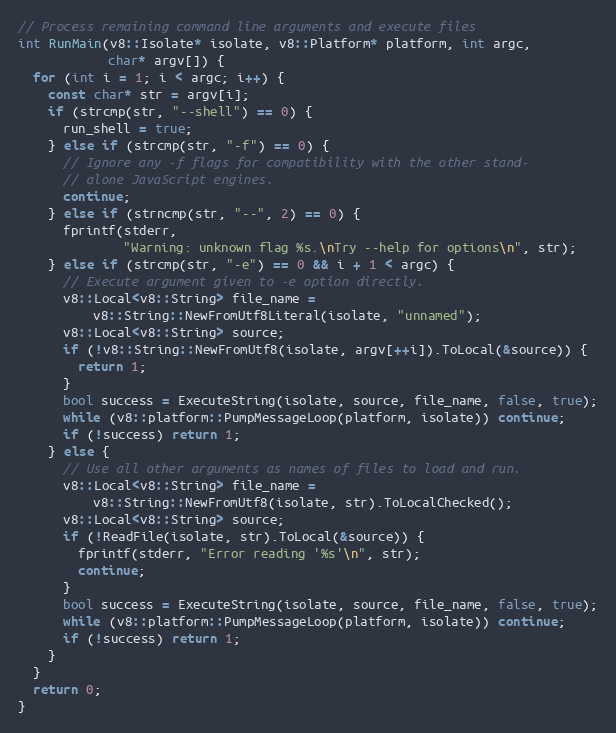
Language: C++
// Process remaining command line arguments and execute files
int RunMain(v8::Isolate* isolate, v8::Platform* platform, int argc,
            char* argv[]) {
  for (int i = 1; i < argc; i++) {
    const char* str = argv[i];
    if (strcmp(str, "--shell") == 0) {
      run_shell = true;
    } else if (strcmp(str, "-f") == 0) {
      // Ignore any -f flags for compatibility with the other stand-
      // alone JavaScript engines.
      continue;
    } else if (strncmp(str, "--", 2) == 0) {
      fprintf(stderr,
              "Warning: unknown flag %s.\nTry --help for options\n", str);
    } else if (strcmp(str, "-e") == 0 && i + 1 < argc) {
      // Execute argument given to -e option directly.
      v8::Local<v8::String> file_name =
          v8::String::NewFromUtf8Literal(isolate, "unnamed");
      v8::Local<v8::String> source;
      if (!v8::String::NewFromUtf8(isolate, argv[++i]).ToLocal(&source)) {
        return 1;
      }
      bool success = ExecuteString(isolate, source, file_name, false, true);
      while (v8::platform::PumpMessageLoop(platform, isolate)) continue;
      if (!success) return 1;
    } else {
      // Use all other arguments as names of files to load and run.
      v8::Local<v8::String> file_name =
          v8::String::NewFromUtf8(isolate, str).ToLocalChecked();
      v8::Local<v8::String> source;
      if (!ReadFile(isolate, str).ToLocal(&source)) {
        fprintf(stderr, "Error reading '%s'\n", str);
        continue;
      }
      bool success = ExecuteString(isolate, source, file_name, false, true);
      while (v8::platform::PumpMessageLoop(platform, isolate)) continue;
      if (!success) return 1;
    }
  }
  return 0;
}